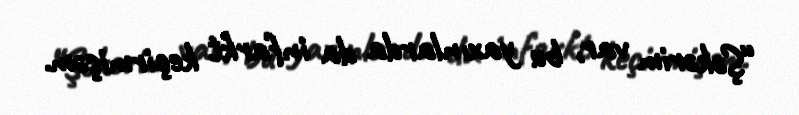
“Şəkərim var, bu yaxınlarda da infarkt keçirmişəm.